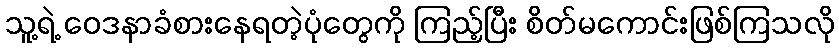
သူ့ရဲ့ ဝေဒနာခံစားနေရတဲ့ပုံတွေကို ကြည့်ပြီး စိတ်မကောင်းဖြစ်ကြသလို